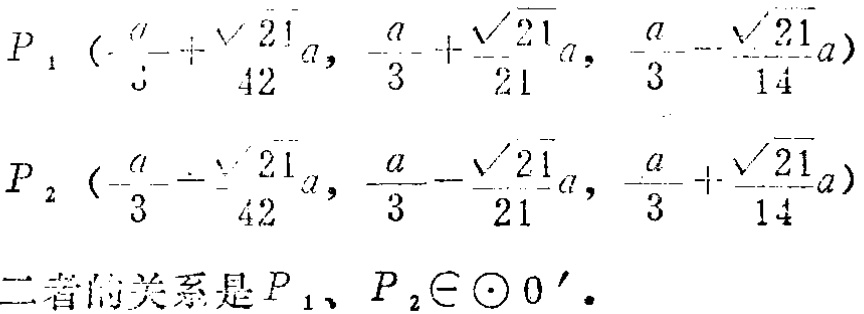
\[

\begin{align*}

P_1\left(-\frac{a}{3}+\frac{\sqrt{21}}{42}a, -\frac{a}{3}+\frac{\sqrt{21}}{21}a, -\frac{a}{3}-\frac{\sqrt{21}}{14}a\right)\\

P_2\left(-\frac{a}{3}-\frac{\sqrt{21}}{42}a, -\frac{a}{3}-\frac{\sqrt{21}}{21}a, -\frac{a}{3}+\frac{\sqrt{21}}{14}a\right)

\end{align*}

\]

二者的关系是 \(P_1、P_2\in\odot O'\)。